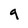
Character: q